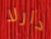
دارلا